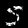
Digit: 5